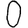
Digit: 0